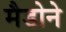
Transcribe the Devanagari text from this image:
मैडोने